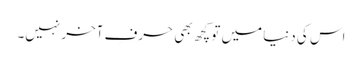
اس کی دنیا میں تو کچھ بھی حرفِ آخر نہیں۔